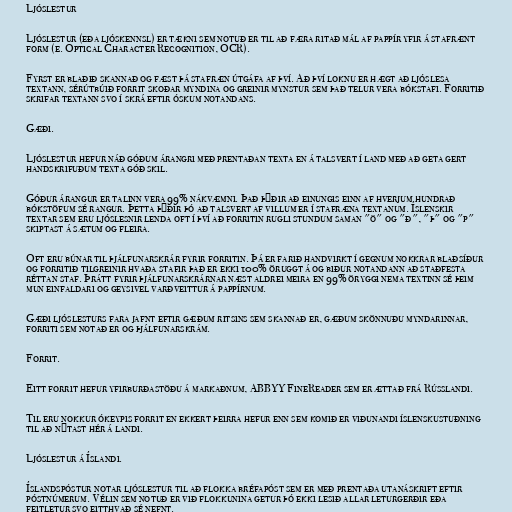
Ljóslestur

Ljóslestur (eða ljóskennsl) er tækni sem notuð er til að færa ritað mál af pappír yfir á stafrænt
form (e. Optical Character Recognition, OCR).

Fyrst er blaðið skannað og fæst þá stafræn útgáfa af því. Að því loknu er hægt að ljóslesa
textann, sérútbúið forrit skoðar myndina og greinir mynstur sem það telur vera bókstafi. Forritið
skrifar textann svo í skrá eftir óskum notandans.

Gæði.

Ljóslestur hefur náð góðum árangri með prentaðan texta en á talsvert í land með að geta gert
handskrifuðum texta góð skil.

Góður árangur er talinn vera 99% nákvæmni. Það þýðir að einungis einn af hverjum hundrað
bókstöfum sé rangur. Þetta þýðir þó að talsvert af villum er í stafræna textanum. Íslenskir
textar sem eru ljóslesnir lenda oft í því að forritin rugli stundum saman "ö" og "ð", "þ" og "p"
skiptast á sætum og fleira.

Oft eru búnar til þjálfunarskrár fyrir forritin. Þá er farið handvirkt í gegnum nokkrar blaðsíður
og forritið tilgreinir hvaða stafir það er ekki 100% öruggt á og biður notandann að staðfesta
réttan staf. Þrátt fyrir þjálfunarskrárnar næst aldrei meira en 99% öryggi nema textinn sé þeim
mun einfaldari og geysivel varðveittur á pappírnum.

Gæði ljóslesturs fara jafnt eftir gæðum ritsins sem skannað er, gæðum skönnuðu myndarinnar,
forriti sem notað er og þjálfunarskrám.

Forrit.

Eitt forrit hefur yfirburðastöðu á markaðnum, ABBYY FineReader sem er ættað frá Rússlandi.

Til eru nokkur ókeypis forrit en ekkert þeirra hefur enn sem komið er viðunandi íslenskustuðning
til að nýtast hér á landi.

Ljóslestur á Íslandi.

Íslandspóstur notar ljóslestur til að flokka bréfapóst sem er með prentaða utanáskrift eftir
póstnúmerum. Vélin sem notuð er við flokkunina getur þó ekki lesið allar leturgerðir eða
feitletur svo eitthvað sé nefnt.